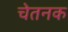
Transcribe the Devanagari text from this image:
चेतनक